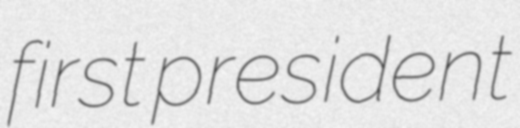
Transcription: first president